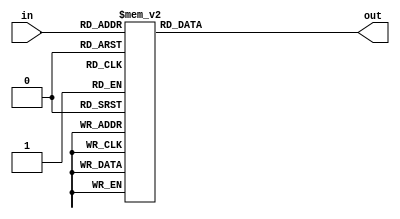
//-----------------------------------------------------------------------------
// Company: QUST
// Engineer: 
//
// Design Name: 6_64decoder
// Module Name: design file
// Target Device: any
// Tool versions: any
// Description:
// 				
// Dependencies: 
// 				
// Revision:
// 				
// Additional Comments:
// 
//-----------------------------------------------------------------------------

`timescale 1ns/1ns

module decoder6_64_sar(in, out);
	input [0:5] in;
	output [0:63] out;
	reg [0:63] out;

	always @(in) 
		begin 
			case (in)
				6'b000_000 : out=64'b00000000_00000000_00000000_00000000_00000000_00000000_00000000_00000001;
				6'b000_001 : out=64'b00000000_00000000_00000000_00000000_00000000_00000000_00000000_00000010;
				6'b000_010 : out=64'b00000000_00000000_00000000_00000000_00000000_00000000_00000000_00000100;
				6'b000_011 : out=64'b00000000_00000000_00000000_00000000_00000000_00000000_00000000_00001000;
				6'b000_100 : out=64'b00000000_00000000_00000000_00000000_00000000_00000000_00000000_00010000;
				6'b000_101 : out=64'b00000000_00000000_00000000_00000000_00000000_00000000_00000000_00100000;
				6'b000_110 : out=64'b00000000_00000000_00000000_00000000_00000000_00000000_00000000_01000000;
				6'b000_111 : out=64'b00000000_00000000_00000000_00000000_00000000_00000000_00000000_10000000;

				6'b001_000 : out=64'b00000000_00000000_00000000_00000000_00000000_00000000_00000001_00000000;
				6'b001_001 : out=64'b00000000_00000000_00000000_00000000_00000000_00000000_00000010_00000000;
				6'b001_010 : out=64'b00000000_00000000_00000000_00000000_00000000_00000000_00000100_00000000;
				6'b001_011 : out=64'b00000000_00000000_00000000_00000000_00000000_00000000_00001000_00000000;
				6'b001_100 : out=64'b00000000_00000000_00000000_00000000_00000000_00000000_00010000_00000000;
				6'b001_101 : out=64'b00000000_00000000_00000000_00000000_00000000_00000000_00100000_00000000;
				6'b001_110 : out=64'b00000000_00000000_00000000_00000000_00000000_00000000_01000000_00000000;
				6'b001_111 : out=64'b00000000_00000000_00000000_00000000_00000000_00000000_10000000_00000000;

				6'b010_000 : out=64'b00000000_00000000_00000000_00000000_00000000_00000001_00000000_00000000;
				6'b010_001 : out=64'b00000000_00000000_00000000_00000000_00000000_00000010_00000000_00000000;
				6'b010_010 : out=64'b00000000_00000000_00000000_00000000_00000000_00000100_00000000_00000000;
				6'b010_011 : out=64'b00000000_00000000_00000000_00000000_00000000_00001000_00000000_00000000;
				6'b010_100 : out=64'b00000000_00000000_00000000_00000000_00000000_00010000_00000000_00000000;
				6'b010_101 : out=64'b00000000_00000000_00000000_00000000_00000000_00100000_00000000_00000000;
				6'b010_110 : out=64'b00000000_00000000_00000000_00000000_00000000_01000000_00000000_00000000;
				6'b010_111 : out=64'b00000000_00000000_00000000_00000000_00000000_10000000_00000000_00000000;

				6'b011_000 : out=64'b00000000_00000000_00000000_00000000_00000001_00000000_00000000_00000000;
				6'b011_001 : out=64'b00000000_00000000_00000000_00000000_00000010_00000000_00000000_00000000;
				6'b011_010 : out=64'b00000000_00000000_00000000_00000000_00000100_00000000_00000000_00000000;
				6'b011_011 : out=64'b00000000_00000000_00000000_00000000_00001000_00000000_00000000_00000000;
				6'b011_100 : out=64'b00000000_00000000_00000000_00000000_00010000_00000000_00000000_00000000;
				6'b011_101 : out=64'b00000000_00000000_00000000_00000000_00100000_00000000_00000000_00000000;
				6'b011_110 : out=64'b00000000_00000000_00000000_00000000_01000000_00000000_00000000_00000000;
				6'b011_111 : out=64'b00000000_00000000_00000000_00000000_10000000_00000000_00000000_00000000;

				6'b100_000 : out=64'b00000000_00000000_00000000_00000001_00000000_00000000_00000000_00000000;
				6'b100_001 : out=64'b00000000_00000000_00000000_00000010_00000000_00000000_00000000_00000000;
				6'b100_010 : out=64'b00000000_00000000_00000000_00000100_00000000_00000000_00000000_00000000;
				6'b100_011 : out=64'b00000000_00000000_00000000_00001000_00000000_00000000_00000000_00000000;
				6'b100_100 : out=64'b00000000_00000000_00000000_00010000_00000000_00000000_00000000_00000000;
				6'b100_101 : out=64'b00000000_00000000_00000000_00100000_00000000_00000000_00000000_00000000;
				6'b100_110 : out=64'b00000000_00000000_00000000_01000000_00000000_00000000_00000000_00000000;
				6'b100_111 : out=64'b00000000_00000000_00000000_10000000_00000000_00000000_00000000_00000000;

				6'b101_000 : out=64'b00000000_00000000_00000001_00000000_00000000_00000000_00000000_00000000;
				6'b101_001 : out=64'b00000000_00000000_00000010_00000000_00000000_00000000_00000000_00000000;
				6'b101_010 : out=64'b00000000_00000000_00000100_00000000_00000000_00000000_00000000_00000000;
				6'b101_011 : out=64'b00000000_00000000_00001000_00000000_00000000_00000000_00000000_00000000;
				6'b101_100 : out=64'b00000000_00000000_00010000_00000000_00000000_00000000_00000000_00000000;
				6'b101_101 : out=64'b00000000_00000000_00100000_00000000_00000000_00000000_00000000_00000000;
				6'b101_110 : out=64'b00000000_00000000_01000000_00000000_00000000_00000000_00000000_00000000;
				6'b101_111 : out=64'b00000000_00000000_10000000_00000000_00000000_00000000_00000000_00000000;

				6'b110_000 : out=64'b00000000_00000001_00000000_00000000_00000000_00000000_00000000_00000000;
				6'b110_001 : out=64'b00000000_00000010_00000000_00000000_00000000_00000000_00000000_00000000;
				6'b110_010 : out=64'b00000000_00000100_00000000_00000000_00000000_00000000_00000000_00000000;
				6'b110_011 : out=64'b00000000_00001000_00000000_00000000_00000000_00000000_00000000_00000000;
				6'b110_100 : out=64'b00000000_00010000_00000000_00000000_00000000_00000000_00000000_00000000;
				6'b110_101 : out=64'b00000000_00100000_00000000_00000000_00000000_00000000_00000000_00000000;
				6'b110_110 : out=64'b00000000_01000000_00000000_00000000_00000000_00000000_00000000_00000000;
				6'b110_111 : out=64'b00000000_10000000_00000000_00000000_00000000_00000000_00000000_00000000;

				6'b111_000 : out=64'b00000001_00000000_00000000_00000000_00000000_00000000_00000000_00000000;
				6'b111_001 : out=64'b00000010_00000000_00000000_00000000_00000000_00000000_00000000_00000000;
				6'b111_010 : out=64'b00000100_00000000_00000000_00000000_00000000_00000000_00000000_00000000;
				6'b111_011 : out=64'b00001000_00000000_00000000_00000000_00000000_00000000_00000000_00000000;
				6'b111_100 : out=64'b00010000_00000000_00000000_00000000_00000000_00000000_00000000_00000000;
				6'b111_101 : out=64'b00100000_00000000_00000000_00000000_00000000_00000000_00000000_00000000;
				6'b111_110 : out=64'b01000000_00000000_00000000_00000000_00000000_00000000_00000000_00000000;
				6'b111_111 : out=64'b10000000_00000000_00000000_00000000_00000000_00000000_00000000_00000000;

				
				default: out=64'b00000000_00000000_00000000_00000000_00000000_00000000_00000000_00000000;
			endcase
		end
endmodule